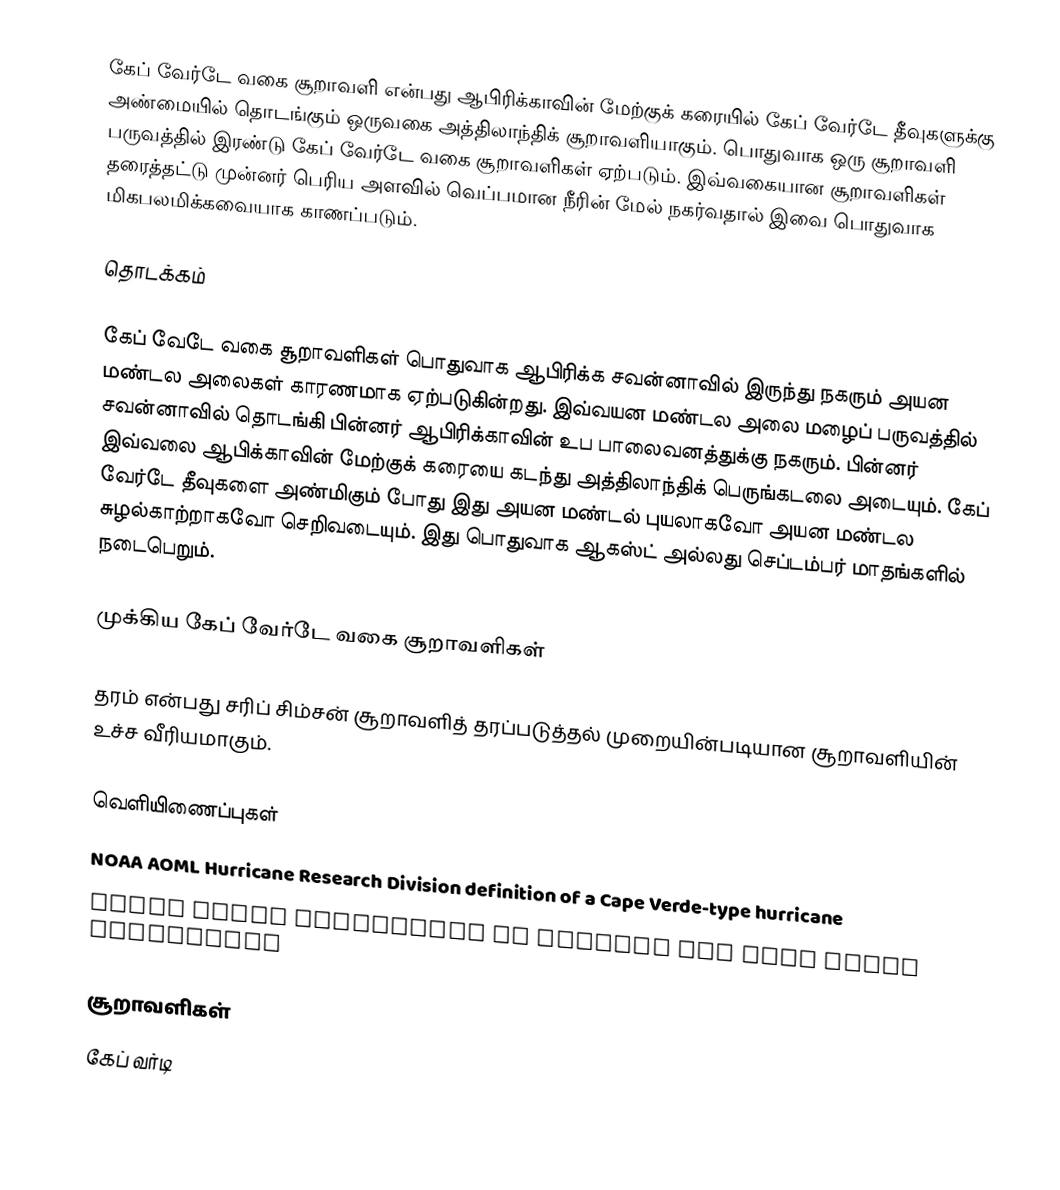
கேப் வேர்டே வகை சூறாவளி என்பது ஆபிரிக்காவின் மேற்குக் கரையில் கேப் வேர்டே தீவுகளுக்கு அண்மையில் தொடங்கும் ஒருவகை அத்திலாந்திக் சூறாவளியாகும். பொதுவாக ஒரு சூறாவளி பருவத்தில் இரண்டு கேப் வேர்டே வகை சூறாவளிகள் ஏற்படும். இவ்வகையான சூறாவளிகள் தரைத்தட்டு முன்னர் பெரிய அளவில் வெப்பமான நீரின் மேல் நகர்வதால் இவை பொதுவாக மிகபலமிக்கவையாக காணப்படும்.

தொடக்கம்

கேப் வேடே வகை சூறாவளிகள் பொதுவாக ஆபிரிக்க சவன்னாவில் இருந்து நகரும் அயன மண்டல அலைகள் காரணமாக ஏற்படுகின்றது. இவ்வயன மண்டல அலை மழைப் பருவத்தில் சவன்னாவில் தொடங்கி பின்னர் ஆபிரிக்காவின் உப பாலைவனத்துக்கு நகரும். பின்னர் இவ்வலை ஆபிக்காவின் மேற்குக் கரையை கடந்து அத்திலாந்திக் பெருங்கடலை அடையும். கேப் வேர்டே தீவுகளை அண்மிகும் போது  இது அயன மண்டல் புயலாகவோ அயன மண்டல சுழல்காற்றாகவோ செறிவடையும். இது பொதுவாக ஆகஸ்ட் அல்லது செப்டம்பர் மாதங்களில் நடைபெறும்.

முக்கிய கேப் வேர்டே வகை சூறாவளிகள்

தரம் என்பது  சரிப் சிம்சன் சூறாவளித் தரப்படுத்தல் முறையின்படியான சூறாவளியின் உச்ச வீரியமாகும்.

வெளியிணைப்புகள்
 NOAA AOML Hurricane Research Division definition of a Cape Verde-type hurricane
 Talks about hurricanes in general and Cape Verde hurricanes

சூறாவளிகள்
கேப் வர்டி